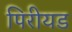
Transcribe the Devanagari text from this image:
पिरीयड